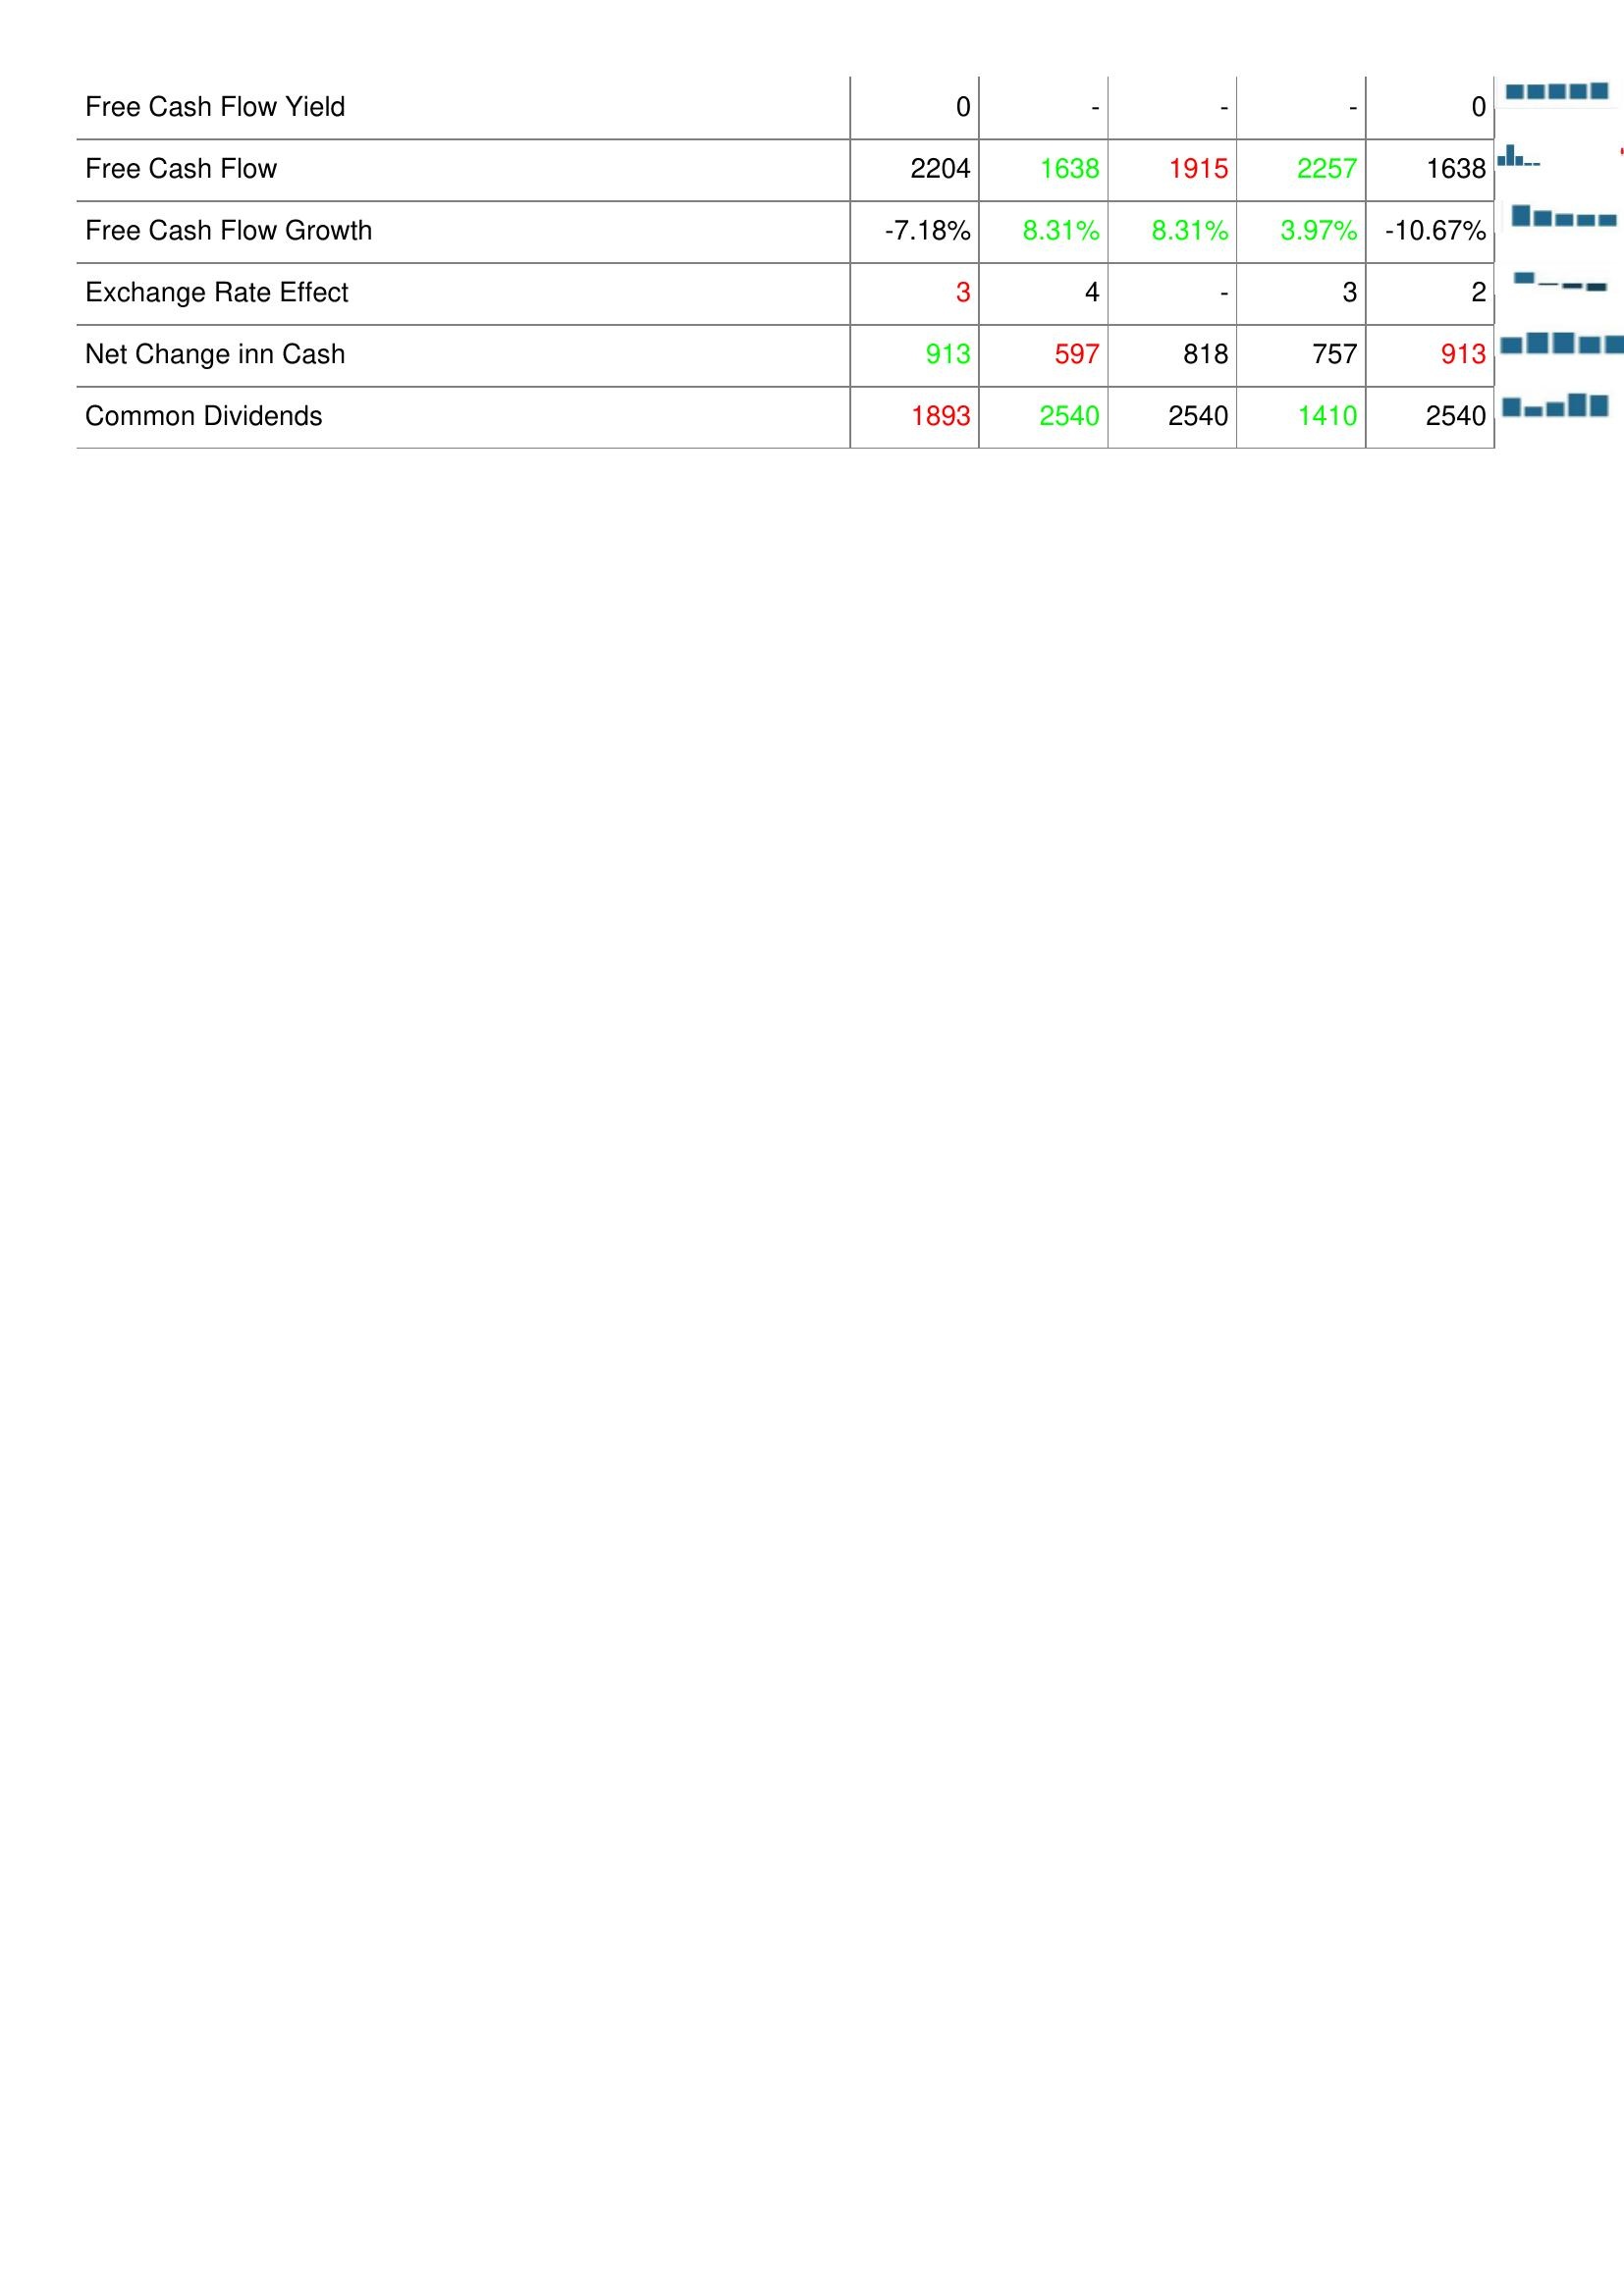
2010: Financing Activities: Free Cash Flow Yield: 0
Free Cash Flow: 2204
Free Cash Flow Growth: -7.18%
Exchange Rate Effect: 3
Net Change inn Cash: 913
Common Dividends: 1893
2011: Financing Activities: Free Cash Flow Yield: -
Free Cash Flow: 1638
Free Cash Flow Growth: 8.31%
Exchange Rate Effect: 4
Net Change inn Cash: 597
Common Dividends: 2540
2012: Financing Activities: Free Cash Flow Yield: -
Free Cash Flow: 1915
Free Cash Flow Growth: 8.31%
Exchange Rate Effect: -
Net Change inn Cash: 818
Common Dividends: 2540
2013: Financing Activities: Free Cash Flow Yield: -
Free Cash Flow: 2257
Free Cash Flow Growth: 3.97%
Exchange Rate Effect: 3
Net Change inn Cash: 757
Common Dividends: 1410
2014: Financing Activities: Free Cash Flow Yield: 0
Free Cash Flow: 1638
Free Cash Flow Growth: -10.67%
Exchange Rate Effect: 2
Net Change inn Cash: 913
Common Dividends: 2540